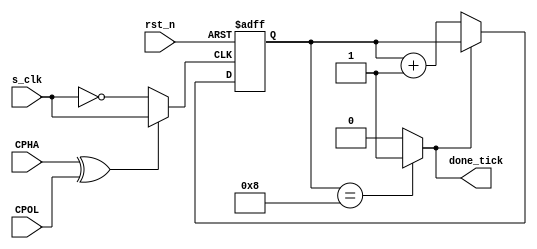
module counter #(parameter data_width=8,counter_width=4)(
    input s_clk,rst_n,
    input CPHA,CPOL,
    output done_tick
    
);
reg [counter_width-1:0]counter;
wire counter_s_clk;


assign done_tick=(counter==data_width)?1:0;
assign counter_s_clk=(CPHA ^ CPOL) ? s_clk : !s_clk;

always @(posedge counter_s_clk,negedge rst_n ) begin
    if(!rst_n)
    counter<=0;
    else if(!done_tick)
    counter<=counter+1'b1;
end

endmodule